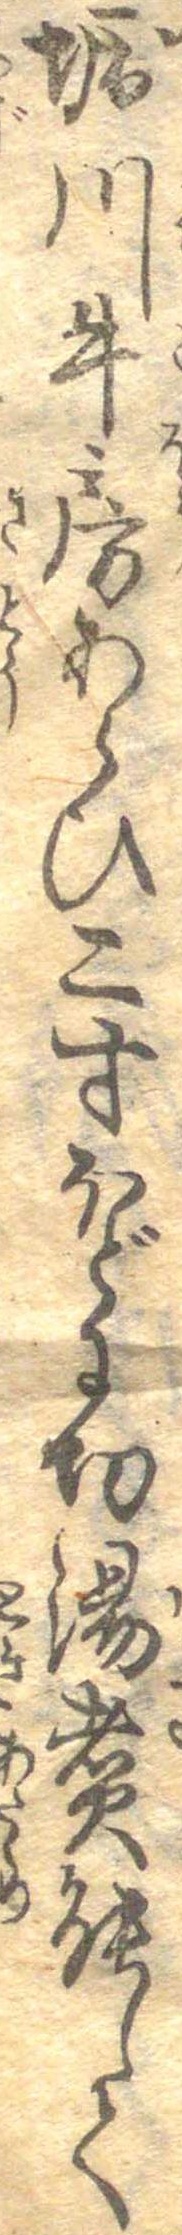
堀川牛房あらひ二寸ほどに切湯煮能して